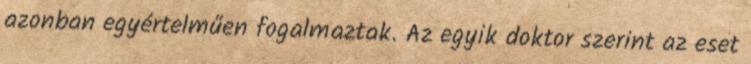
azonban egyértelműen fogalmaztak. Az egyik doktor szerint az eset